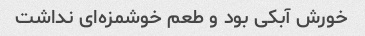
خورش آبکی بود و طعم خوشمزه‌ای نداشت